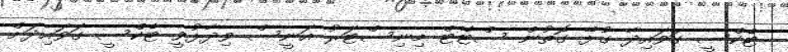
ޓެކްސީ ގަވައިދާ ގުޅޭ ގޮތުން ސްޓޭޓް މިނިސްޓަރު އަނީސް ވިދާޅުވީ ޓެކްސީ ގަވައިދަށް